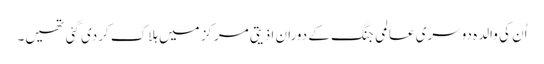
اُن کی والدہ دوسری عالمی جنگ کے دوران اذیتی مرکز میں ہلاک کردی گئی تھیں۔